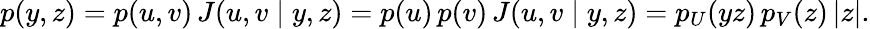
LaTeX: p(y,z)=p(u,v)\, J(u,v\mid y,z)=p(u)\, p(v)\, J(u,v\mid y,z)=p_{U}(yz)\, p_{V}(z)\, |z|.